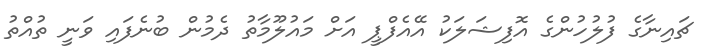
ޗައިނާގެ ފުލުހުންގެ އޮފިޝަލަކު އޭއެފްޕީ އަށް މައުލޫމާތު ދެމުން ބުނެފައި ވަނީ ތުއްތު